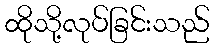
ထိုသို့လုပ်ခြင်းသည်